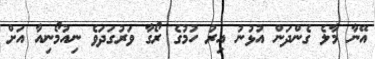
އޭނާ މާލެ ގެންދަން އުޅުނު އިރު ހުމުގެ ރޯގާ ވަރުގަދަވެ ނިއުމޯނިއާ އަށް